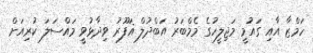
ހަމްޒާ އާއި ގައުމީ މަޖިލީހުގެ މެމްބަރު އަބްދުލް ޣަފޫރު ވިދާޅުވީ މައްސަލަ ކުރިއަށް